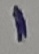
Text: 1